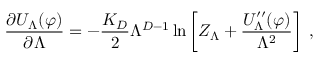
\frac { \partial U _ { \Lambda } ( \varphi ) } { \partial \Lambda } = - \frac { K _ { D } } { 2 } \Lambda ^ { D - 1 } \ln \left[ Z _ { \Lambda } + \frac { U _ { \Lambda } ^ { \prime \prime } ( \varphi ) } { \Lambda ^ { 2 } } \right] \; ,